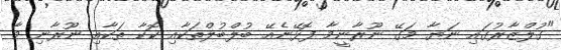
"ގުލްޒާރުގައި ނަޔާ މަގޭ ނޫރާނީމާ ފޮޅޭނެއޭ ބުލްބުލްތަކާއި ކޮކާ ތަކާއި ނޫރާނި މާ